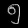
Digit: ၅